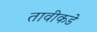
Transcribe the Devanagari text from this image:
तावीकडे